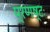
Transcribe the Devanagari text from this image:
प्रणष्टः